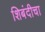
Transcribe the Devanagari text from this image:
शिबंदीचा